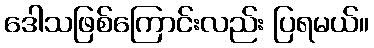
ဒေါသဖြစ်ကြောင်းလည်း ပြရမယ်။